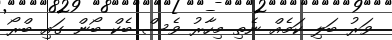
ވަރު ބަލި ކަމެއް ނެތި މިހާރު ވެސް ބެކް ބޯން ގައި ބްރޯ